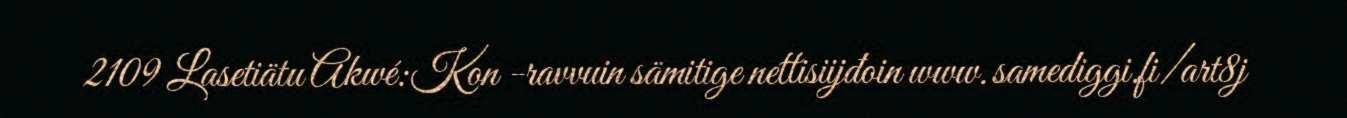
2109 Lasetiätu Akwé:Kon -ravvuin sämitige nettisiijđoin www.samediggi.fi/art8j